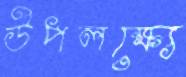
উপলক্ষ্যে